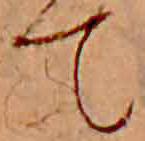
て